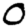
Digit: 0